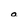
Character: a